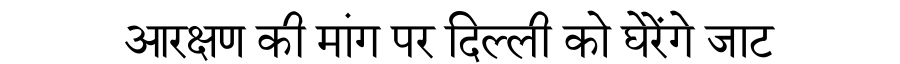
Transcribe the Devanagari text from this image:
आरक्षण की मांग पर दिल्ली को घेरेंगे जाट